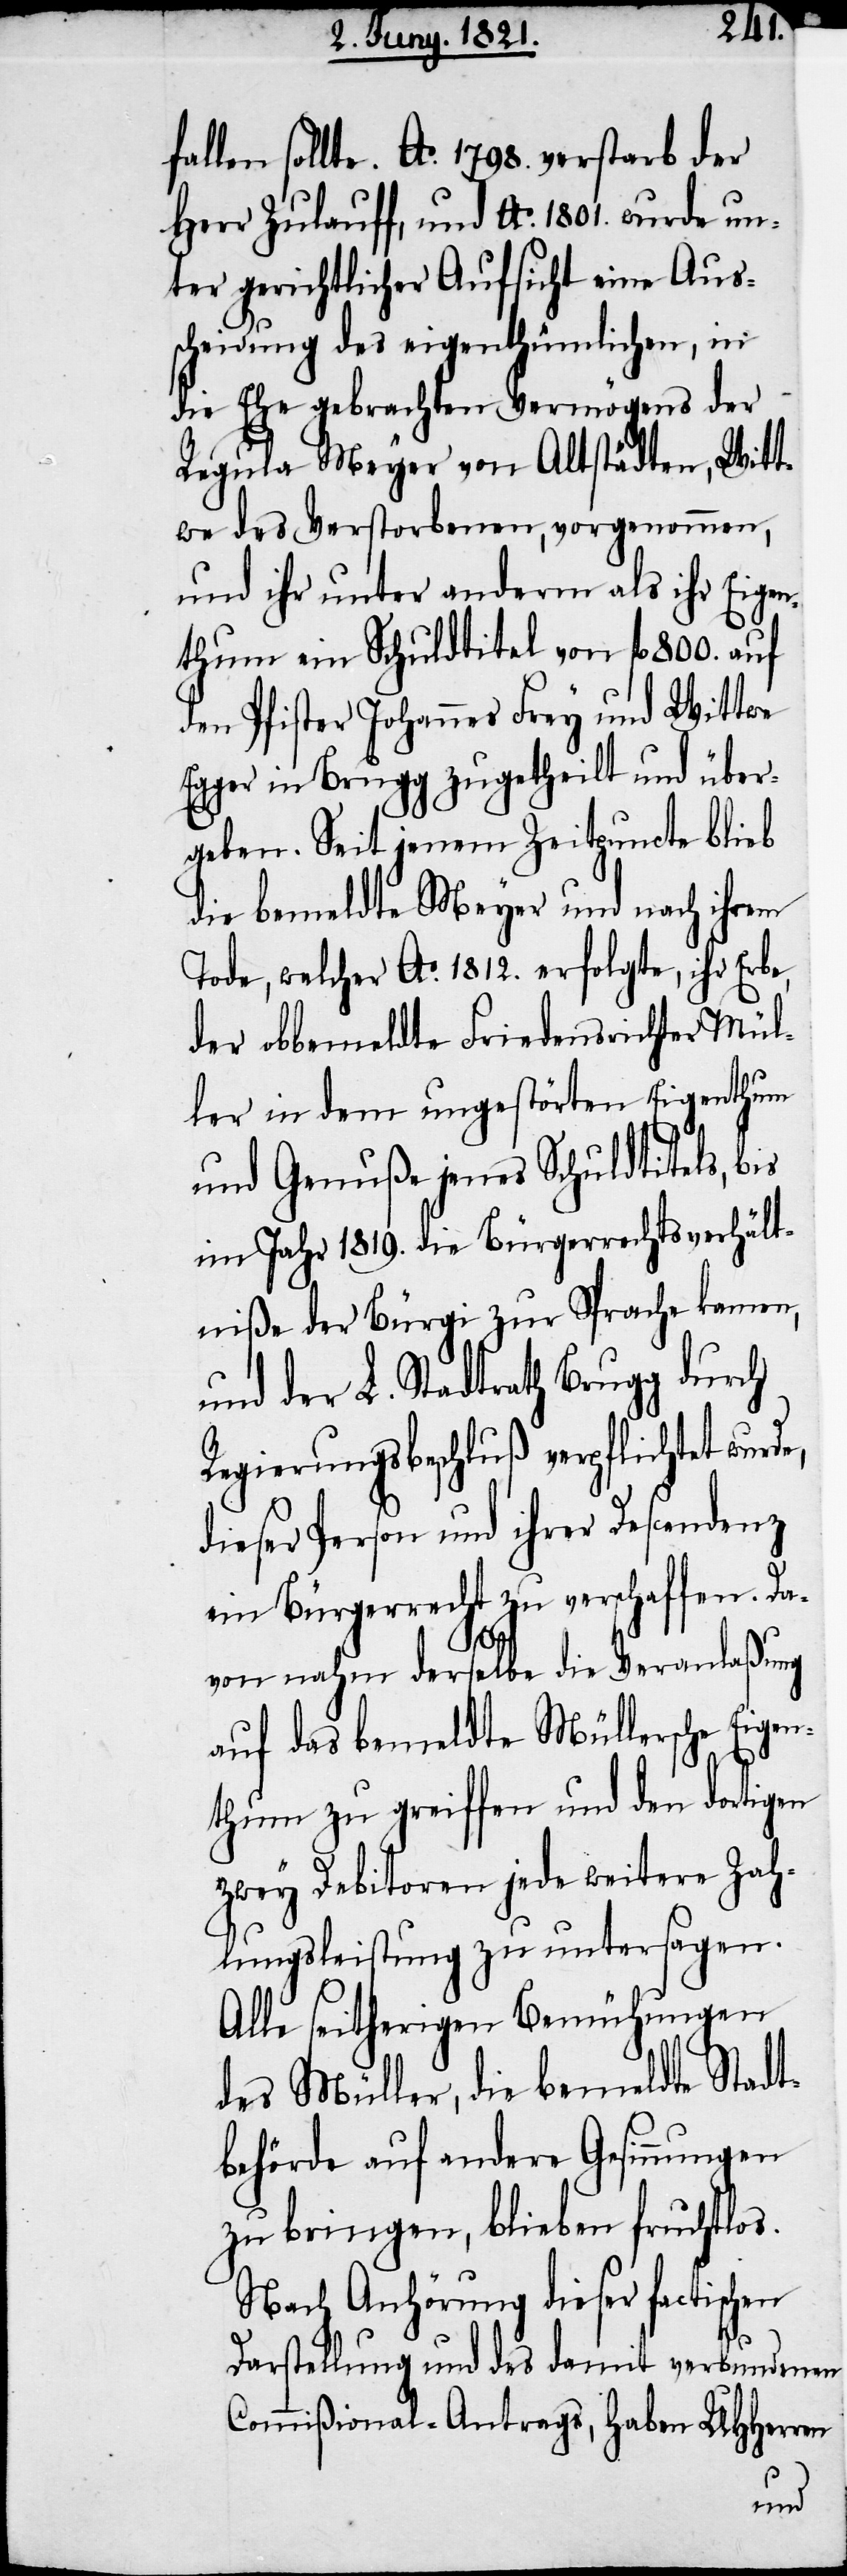
fallen sollte. Ao. 1798. verstarb der
Herr Zulauff, und Ao. 1801. wurde un¬
ter gerichtlicher Aufsicht eine Aus¬
scheidung des eigenthümlichen, in
die Ehe gebrachten Vermögens der
Regula Meyer von Altstädten [sic!],
twe des Verstorbenen, vorgenommen,
und ihr unter anderm als ihr Eigen¬
thum ein Schuldtitel von fl. 800. auf
den Pfister Johannes Frey und Wittwe
Egger in Brugg zugetheilt und über¬
geben. Seit jenem Zeitpuncte blieb
die bemeldte Meyer und nach ihrem
Tode, welcher Ao. 1812. erfolgte, ihr Erbe,
der obbemeldte Friedensrichter Mül¬
ler in dem ungestörten Eigenthum
und Genuße jenes Schuldtitels, bis
im Jahre 1819. die Bürgerrechtsverhält¬
niße der Bürgi zur Sprache kamen,
und der L. Stadtrath Brugg durch
Regierungsbeschluß verpflichtet wurde,
dieser Person und ihrer Descendenz
ein Bürgerrecht zu verschaffen. Da¬
Wit¬
von nahm derselbe die Veranlaßung
auf das bemeldte Müllersche Eigen¬
thum zu greiffen und den dortigen
zwey Debitoren jede weiter Zah¬
lungsleistung zu untersagen.
Alle seitherigen Bemühungen
des Müller, die bemeldte Stadt¬
behörde auf andere Gesinnungen
zu bringen, bleiben fruchtlos.
Nach Anhörung dieser factischen
Darstellung und es damit verbundenen
Commißional-Antrags, haben UHHerren